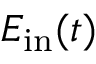
E _ { \mathrm { i n } } ( t )